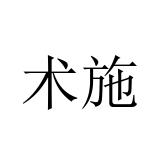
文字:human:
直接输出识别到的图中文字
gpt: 术施